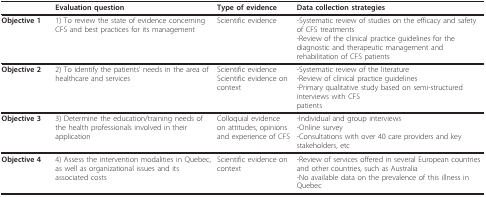
<table><thead><tr><td></td><td><b>Evaluation question</b></td><td><b>Type of evidence</b></td><td><b>Data collection strategies</b></td></tr></thead><tbody><tr><td><b>Objective 1</b></td><td>1) To review the state of evidence concerning CFS and best practices for its management</td><td>Scientific evidence</td><td>-Systematic review of studies on the efficacy and safety of CFS treatments-Review of the clinical practice guidelines for the diagnostic and therapeutic management and rehabilitation of CFS patients</td></tr><tr><td><b>Objective 2</b></td><td>2) To identify the patients&#x27; needs in the area of healthcare and services</td><td>Scientific evidence Scientific evidence on context</td><td>-Systematic review of the literature-Review of clinical practice guidelines-Primary qualitative study based on semi-structured interviews with CFSpatients</td></tr><tr><td><b>Objective 3</b></td><td>3) Determine the education/training needs of the health professionals involved in their application</td><td>Colloquial evidence on attitudes, opinionsand experience of CFS</td><td>-Individual and group interviews-Online survey-Consultations with over 40 care providers and key stakeholders, etc</td></tr><tr><td><b>Objective 4</b></td><td>4) Assess the intervention modalities in Quebec, as well as organizational issues and its associated costs</td><td>Scientific evidence on context</td><td>-Review of services offered in several European countries and other countries, such as Australia-No available data on the prevalence of this illness in Quebec</td></tr></tbody></table>